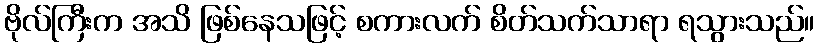
ဗိုလ်ကြီးက အသိ ဖြစ်နေသဖြင့် စကားလက် စိတ်သက်သာရာ ရသွားသည်။